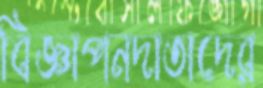
বিজ্ঞাপনদাতাদের